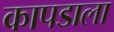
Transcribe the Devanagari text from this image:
कापडाला